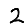
Digit: 2